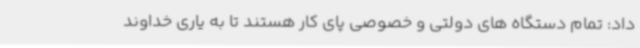
داد: تمام دستگاه های دولتی و خصوصی پای کار هستند تا به یاری خداوند